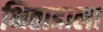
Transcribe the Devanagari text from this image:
भिताडाला